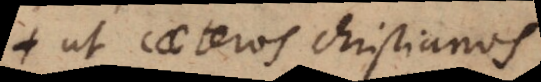
ut caeteros Christianos